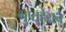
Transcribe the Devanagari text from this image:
गुप्तहेराचे